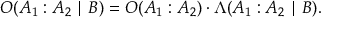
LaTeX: O ( A _ { 1 } : A _ { 2 } \mid B ) = O ( A _ { 1 } : A _ { 2 } ) \cdot \Lambda ( A _ { 1 } : A _ { 2 } \mid B ) .